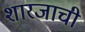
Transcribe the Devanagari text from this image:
शारजाची